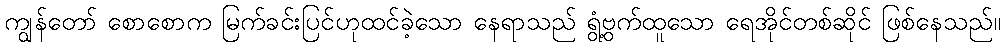
ကျွန်တော် စောစောက မြက်ခင်းပြင်ဟုထင်ခဲ့သော နေရာသည် ရွံ့ဗွက်ထူသော ရေအိုင်တစ်ဆိုင် ဖြစ်နေသည်။